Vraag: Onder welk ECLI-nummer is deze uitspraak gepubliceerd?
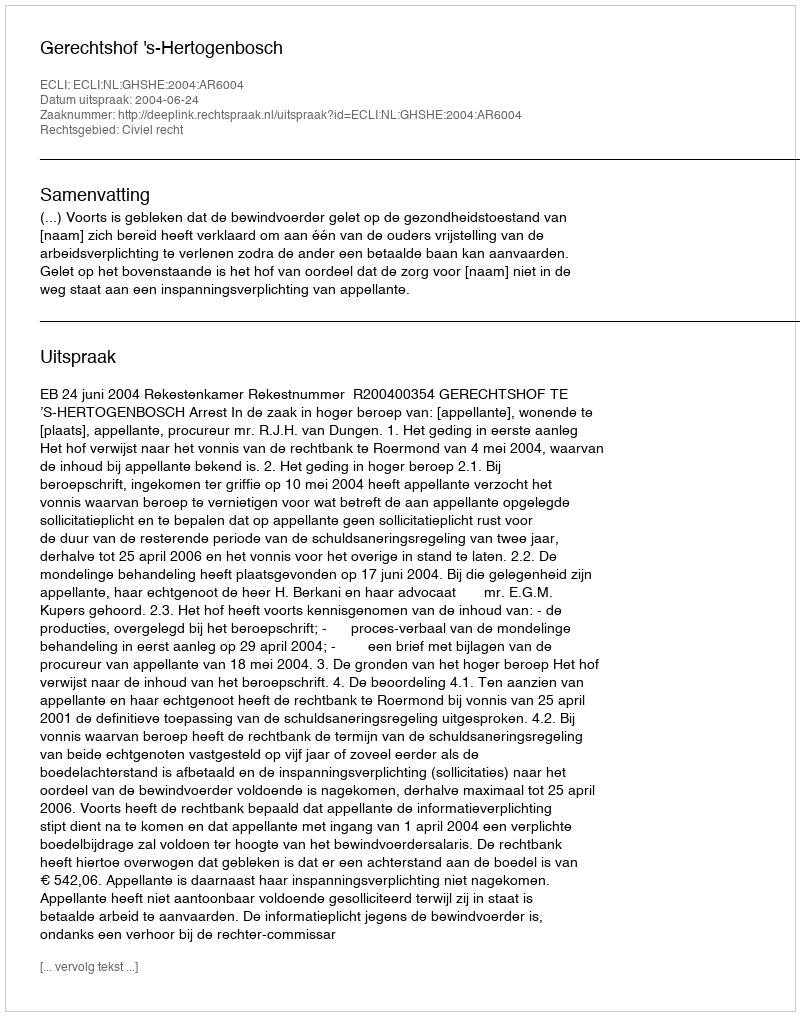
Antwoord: ECLI:NL:GHSHE:2004:AR6004